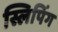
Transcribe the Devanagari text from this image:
स्लिपिंग